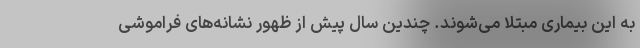
به این بیماری مبتلا می‌شوند. چندین سال پیش از ظهور نشانه‌های فراموشی